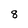
Character: 8